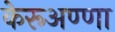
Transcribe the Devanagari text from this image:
केरूअण्णा